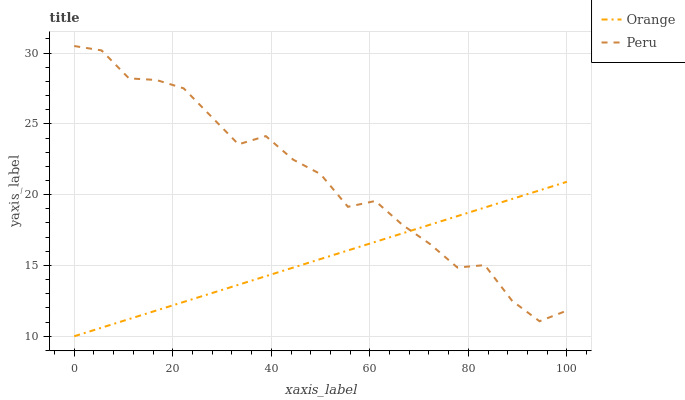
| xaxis_label | Orange | Peru |
 | --- | --- | --- |
 | 0 | 10 | 30.5 |
 | 5.56 | 10.6 | 30.2 |
 | 11.1 | 11.2 | 28.2 |
 | 16.7 | 11.8 | 28.1 |
 | 22.2 | 12.4 | 27.5 |
 | 27.8 | 13 | 25.5 |
 | 33.3 | 13.6 | 23.6 |
 | 38.9 | 14.2 | 24.1 |
 | 44.4 | 14.8 | 22.5 |
 | 50 | 15.5 | 21.4 |
 | 55.6 | 16.1 | 19.1 |
 | 61.1 | 16.7 | 19.6 |
 | 66.7 | 17.3 | 17.9 |
 | 72.2 | 17.9 | 16.5 |
 | 77.8 | 18.5 | 14.9 |
 | 83.3 | 19.1 | 15 |
 | 88.9 | 19.7 | 12.5 |
 | 94.4 | 20.3 | 11.1 |
 | 100 | 20.9 | 11.8 |